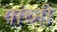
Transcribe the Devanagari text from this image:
यांच्नी